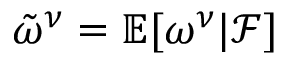
\tilde { \omega } ^ { \nu } = \mathbb E [ \omega ^ { \nu } | \mathcal F ]